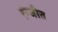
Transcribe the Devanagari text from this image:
रंन्जीत